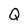
Character: Q